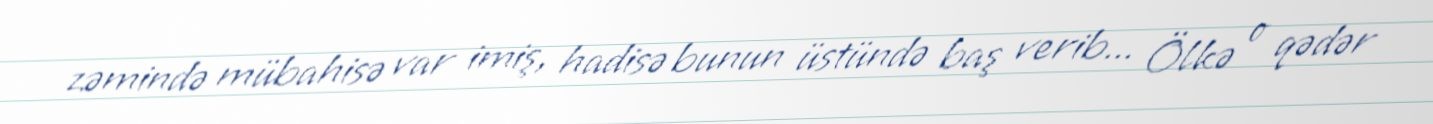
zəmində mübahisə var imiş, hadisə bunun üstündə baş verib... Ölkə o qədər